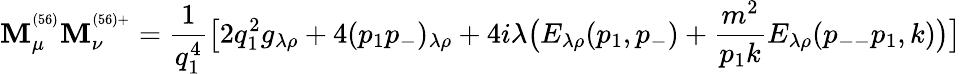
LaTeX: \mathbf{M}_{\mu}^{^{(56)}}\mathbf{M}_{\nu}^{^{(56)+}}=\frac{{1}}{{q_{1}^{4}}}\bigl[2q_{1}^{2}g_{\lambda\rho}+4(p_{1}p_{-})_{\lambda\rho}+4i\lambda\bigl(E_{\lambda\rho}(p_{1},p_{-})+\frac{{m^{2}}}{{p_{1}k}}E_{\lambda\rho}(p_{--}p_{1},k)\bigr)\bigr]